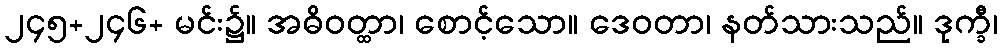
၂၄၅+၂၄၆+ မင်း၌။ အဓိဝတ္ထာ၊ စောင့်သော။ ဒေဝတာ၊ နတ်သားသည်။ ဒုက္ခီ၊